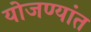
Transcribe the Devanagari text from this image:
योजण्यांत